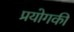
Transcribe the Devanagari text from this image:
प्रयोगकी